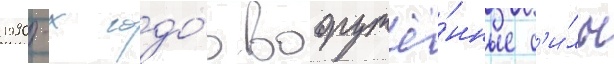
1990-х годо́в вооружё́нные с'и́лы